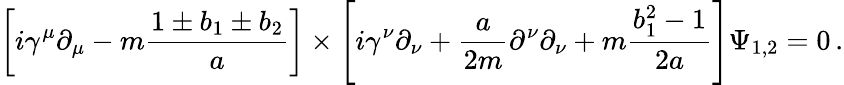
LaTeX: \left[i\gamma^{\mu}\partial_{\mu}-m{\frac{1\pm b_{1}\pm b_{2}}{a}}\right]\times\left[i\gamma^{\nu}\partial_{\nu}+{\frac{a}{2m}}\partial^{\nu}\partial_{\nu}+m{\frac{b_{1}^{2}-1}{2a}}\right]\Psi_{1,2}=0\, .